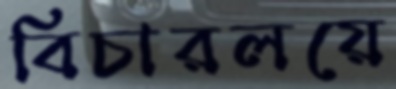
বিচারলয়ে